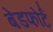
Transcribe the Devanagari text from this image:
बेडफोर्ट